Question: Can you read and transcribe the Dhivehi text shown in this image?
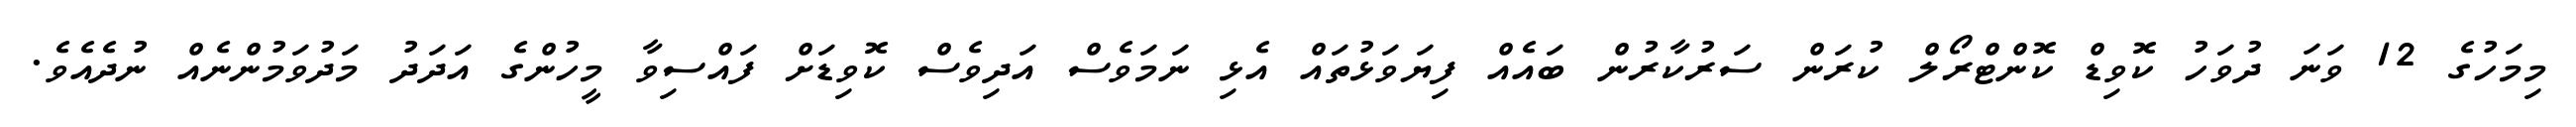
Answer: މިމަހުގެ 12 ވަނަ ދުވަހު ކޮވިޑް ކޮންޓްރޯލް ކުރަން ސަރުކާރުން ބައެއް ފިޔަވަޅުތައް އެޅި ނަމަވެސް އަދިވެސް ކޮވިޑަށް ފައްސިވާ މީހުންގެ އަދަދު މަދުވަމުންނެއް ނުދެއެވެ.